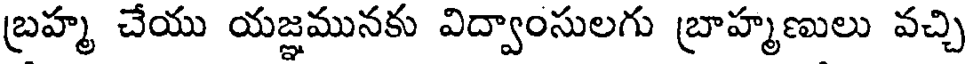
బ్రహ్మ చేయు యజ్ఞమునకు విద్వాంసులగు బ్రాహ్మణులు వచ్చి